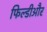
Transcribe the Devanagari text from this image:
फिल्डीऔर